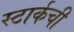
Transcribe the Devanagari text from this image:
स्टार्कची